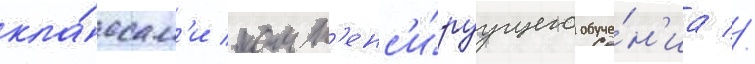
кла́ссам'и комп'енс'и́руущего обуче́н'иа //